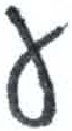
אות: ע